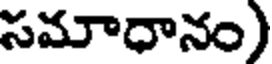
సమాధానం)